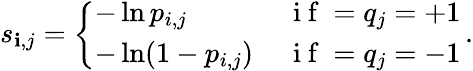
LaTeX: s_{\mathbf{i},j}=\left\{ \begin{array}{ll}{-\ln p_{i,j}\, }&{\mathrm{~i~f~}=q_{j}=+1}\\ {-\ln(1-p_{i,j})\, }&{\mathrm{~i~f~}=q_{j}=-1}\end{array}\right.\, .